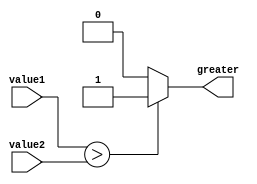
module greater_than_comparator(
    input [7:0] value1,
    input [7:0] value2,
    output reg greater
);

always @(*)
begin
    if(value1 > value2)
        greater = 1;
    else
        greater = 0;
end

endmodule